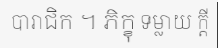
បារាជិក ។ ភិក្ខុ ទម្លាយ ក្តី